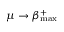
\mu \to \beta _ { \mathrm { m a x } } ^ { + }